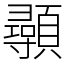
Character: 䫮